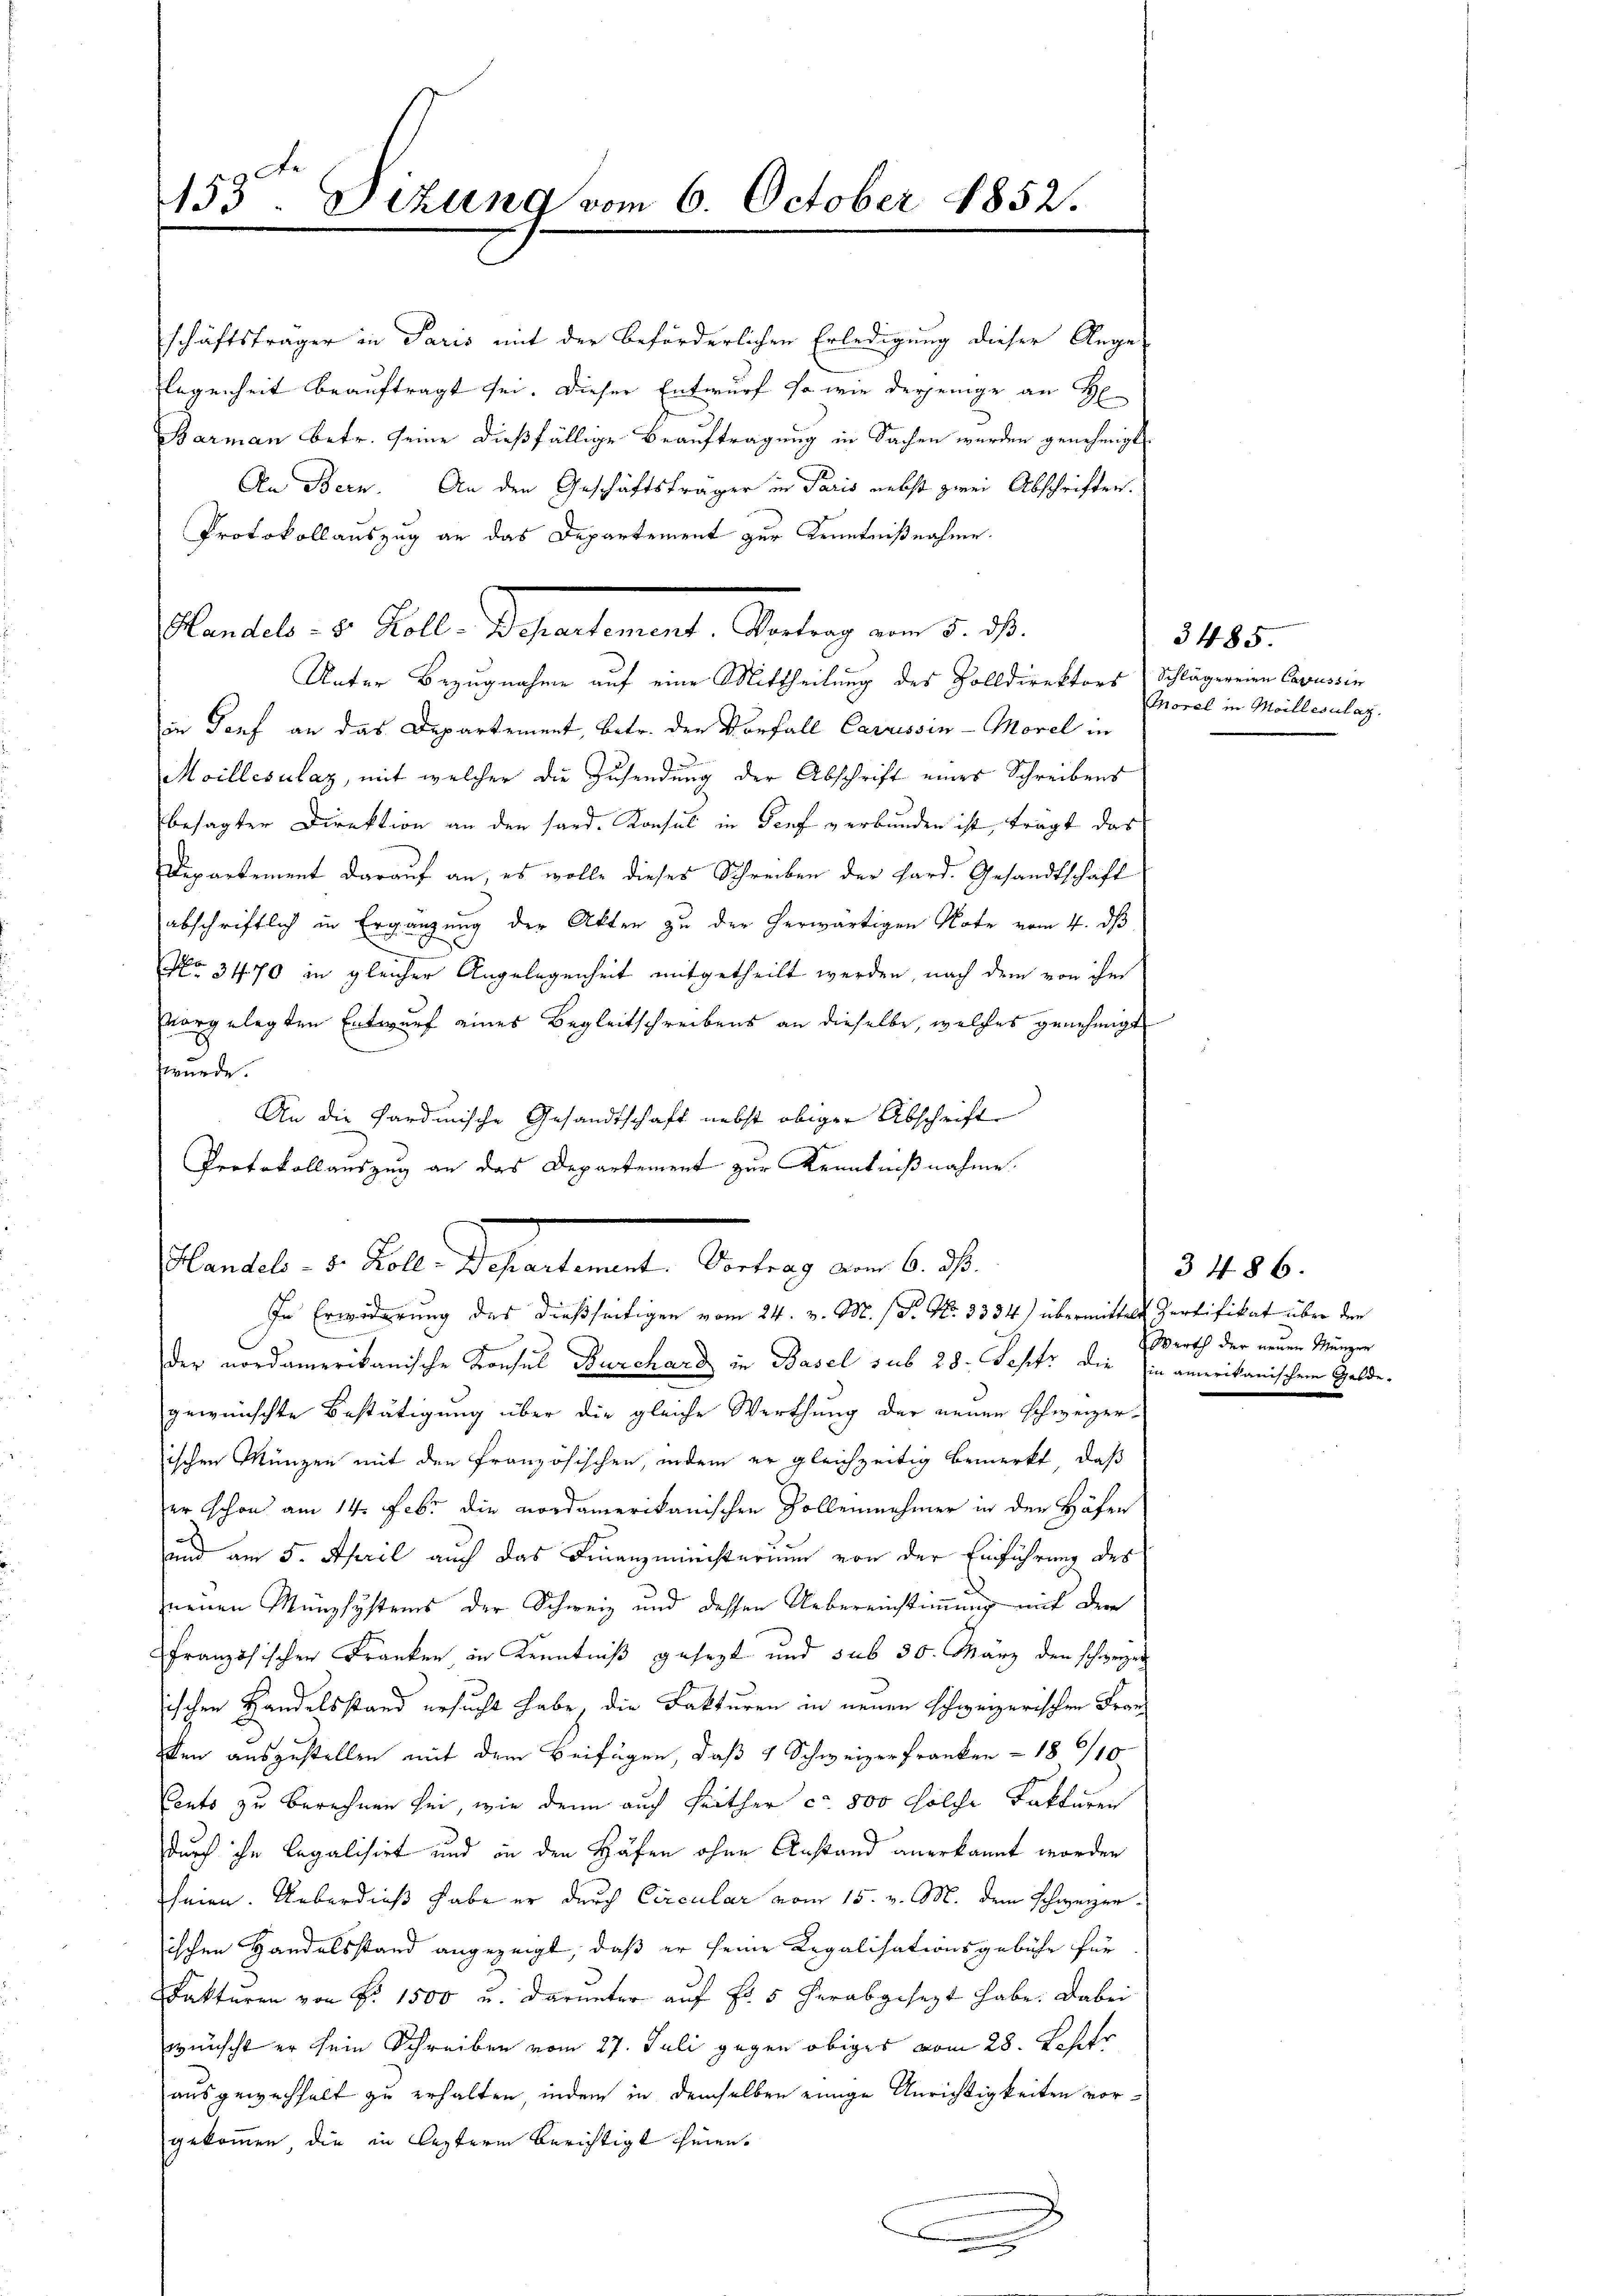
153. Sizung vom 6. October 1852.

Planes. v. Kelle Behandlernt. Antag am 5. d.

ates. v. J. Schreibunal, Betrag am 6. d.
In Erwiderung des dießseitigen vom 24. v. M. / P. Nr. 3334) übermittels Zertifikat über den

schäftsträger in Paris mit der beförderlichen Erledigung dieser Ange-
legenheit beauftragt sei. Dieser Entwurf so wie derjenige an H
Barman Betr. seine dießfällige Beauftragung in Sachen werden genehmigt
An Bern. An den Geschäftsträger in Paris nebst zwei Abschriften.
Protokollauszug an das Departement zur Kenntnißnahme.
Unter Bezugnahme auf eine Mittheilung des Zolldirektors (Schlägereien Carussin
in Torf an das Departement, betr. den Vorfall Carrissin-Morel in
Moillesalaz, mit welcher die Zusendung der Abschrift eines Schreibens
besagter Direktion an den sard. Konsul in Truf verbunden ist, trägt das
Departement darauf an, es wolle dieses Schreiben der Hard. Gesandtschaft
abschriftlich in Ergänzung der Akten zu der herwärtigen Note vom 4. ds
No 3470 in gleicher Angelegenheit mitgetheilt werden, nach dem von ihm
vorgelegten Entwurf eines Begleitschreibens an dieselbe, welches genehmigt
würde.
An die Sardinische Gesandtschaft nebst obiger Abschrift
Protokollauszug an das Departement zur Kenntnißnahme.

der nordamerikanische Konsul Durchard in Basel sub 28. Septr die in amerikanischen Geldegewünschte Bestätigung über die gleiche Werthung der neuen Schweizerischen Münzen mit den Französischen, indem er gleichzeitig bemerkt, daß
zer schon am 14. Febr. die nordamerikanischen Zollennehmer in der Höfen
und am 5. April auch das Finanzministerium von der Einführung des
zneuen Münzsystems der Schweiz und dessen Uebereinstimmung mit der
französischen Franken in Kenntniß gesezt und sub 30. März den schweizen
ischen Handelsstand ersucht habe, die Fakturen in neuen Schweizerischen Franken auszustellen mit dem Beifügen, daß 4 Schweizerfranken - 18 1/10
Cento zu berechnen sei, wie denn auch seither ca 800 solche Fakturen
durch ihn legalisirt und in den Häfen ohne Anstand anerkannt worden
heien. Ueberdieß habe er durch Circular vom 15. v. M. dem Schweizerischen Handelsstand angezeigt, daß er seine Regalisationsgebühr für
Fakturen von Nr. 1500 u. darunter auf Fr. 5 herabgesezt habe. Dabei
wünscht er sein Schreiben vom 27. Juli gegen obiges vom 28. Lehrer
ausgewachhalt zu erhalten, indem in demselben einige Anrichtigkeiten vorgekommen, die in lezterm berichtigt seien.
.

Morel in Meillesilaz.

3485.

3486.
Werth der neuen Münzer